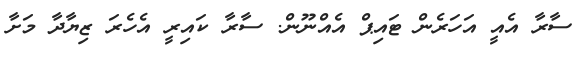
ސާރާ އެއީ އަހަރެން ޓައިޕް އެއްނޫން. ސާރާ ކައިރީ އެހެރަ ޒިޔާދާ މަށާ